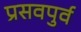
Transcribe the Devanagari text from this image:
प्रसवपुर्व